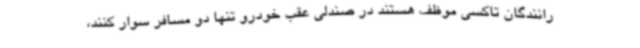
رانندگان تاکسی موظف هستند در صندلی عقب خودرو تنها دو مسافر سوار کنند،